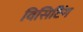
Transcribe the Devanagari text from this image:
विसिटिंग